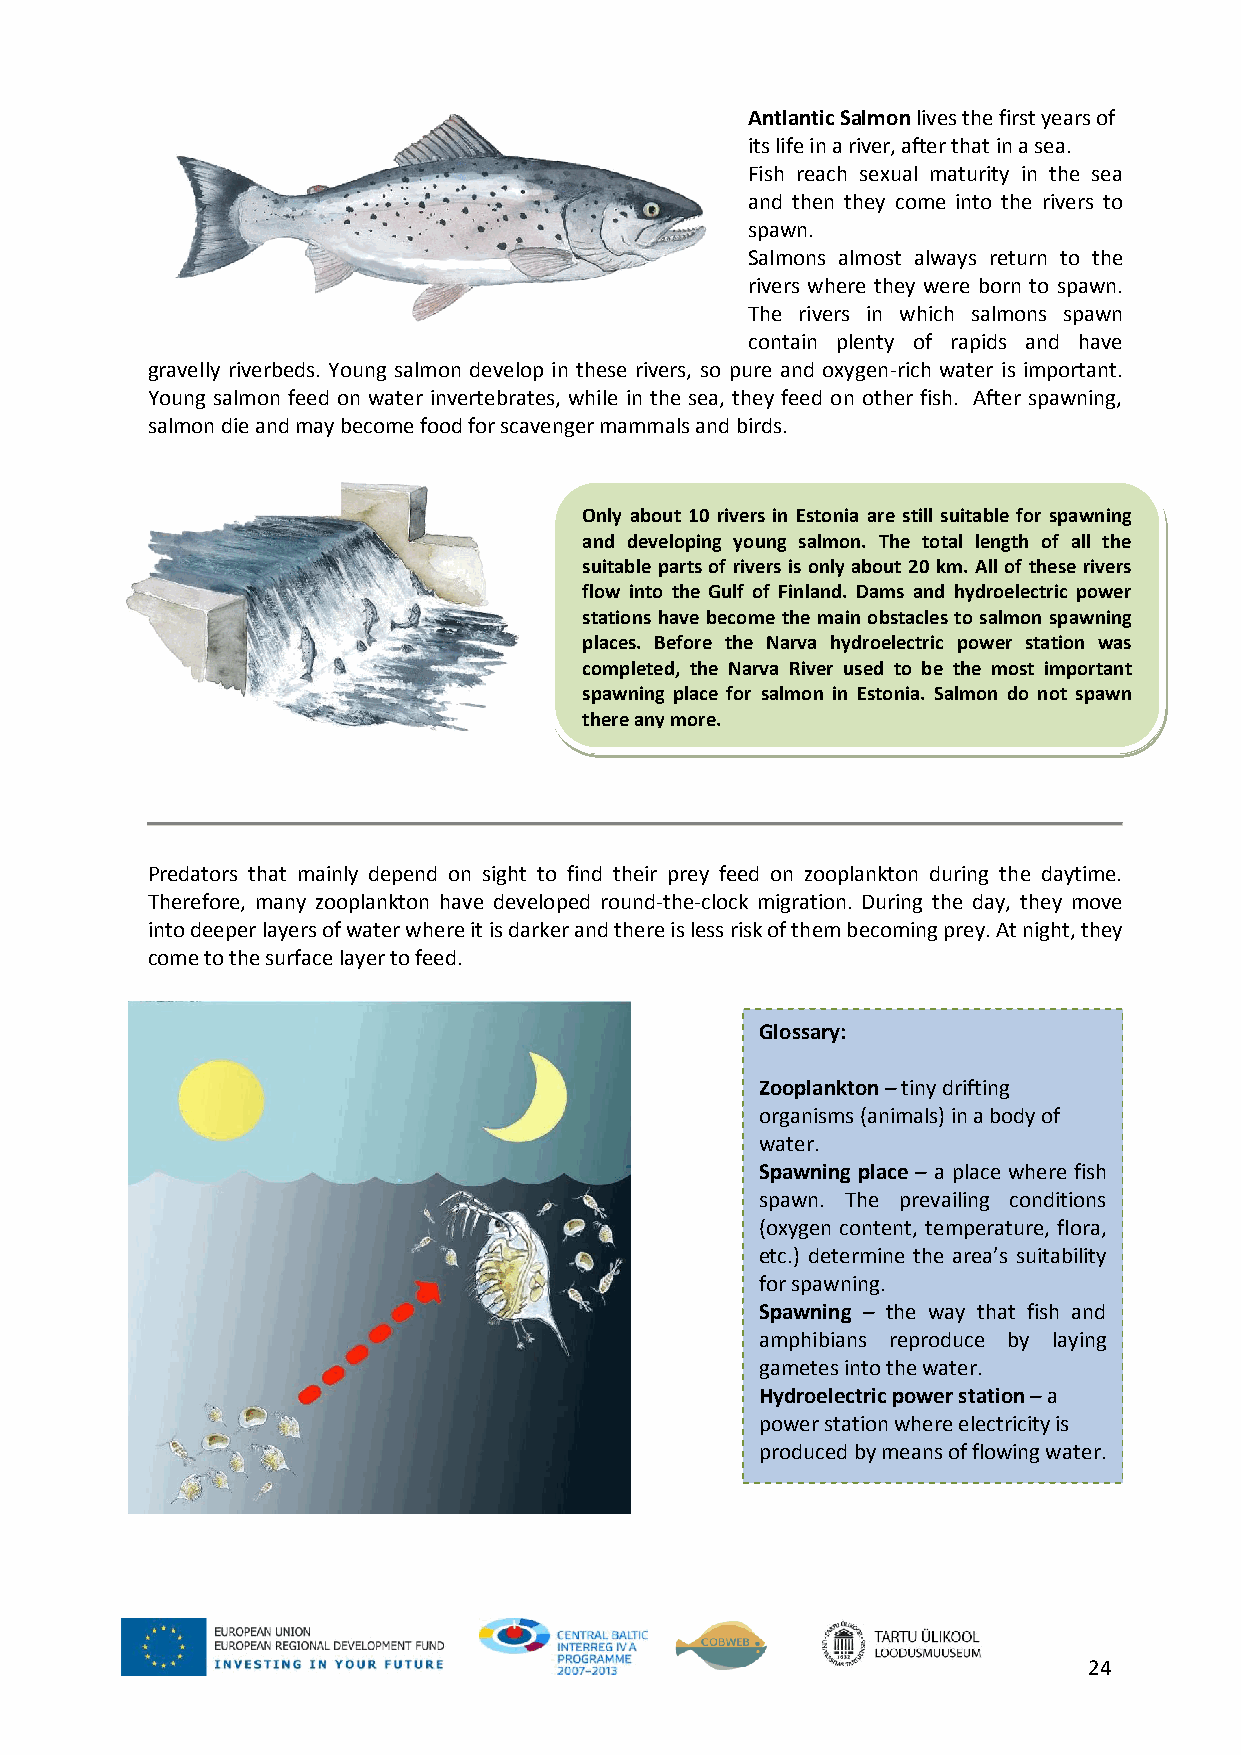
Antlantic Salmon lives the first years of
 its life in a river, after that in a sea.
 Fish reach sexual maturity in the sea
 and then they come into the rivers to
 spawn.
 Salmons almost always return to the
 rivers where they were born to spawn.
 The rivers in which salmons spawn
 contain plenty of rapids and have
 gravelly riverbeds. Young salmon develop in these rivers, so pure and oxygen-rich water is important.
 Young salmon feed on water invertebrates, while in the sea, they feed on other fish. After spawning,
 salmon die and may become food for scavenger mammals and birds.
 Only about 10 rivers in Estonia are still suitable for spawning
 and developing young salmon. The total length of all the
 suitable parts of rivers is only about 20 km. All of these rivers
 flow into the Gulf of Finland. Dams and hydroelectric power
 stations have become the main obstacles to salmon spawning
 places. Before the Narva hydroelectric power station was
 completed, the Narva River used to be the most important
 spawning place for salmon in Estonia. Salmon do not spawn
 there any more.
 Predators that mainly depend on sight to find their prey feed on zooplankton during the daytime.
 Therefore, many zooplankton have developed round-the-clock migration. During the day, they move
 into deeper layers of water where it is darker and there is less risk of them becoming prey. At night, they
 come to the surface layer to feed.
 Glossary:
 Zooplankton – tiny drifting
 organisms (animals) in a body of
 water.
 Spawning place – a place where fish
 spawn. The prevailing conditions
 (oxygen content, temperature, flora,
 etc.) determine the area’s suitability
 for spawning.
 Spawning – the way that fish and
 amphibians reproduce by laying
 gametes into the water.
 Hydroelectric power station – a
 power station where electricity is
 produced by means of flowing water.
 24